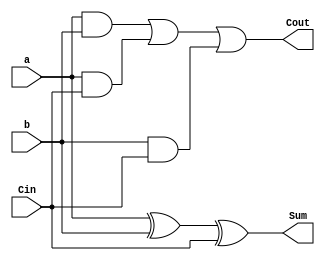
module FA(
    input  a,
    input  b,
    input  Cin, 
    output Sum,
    output Cout);

    wire w1, w2, w3, w4;

    and (w1, a, b);
    and (w2, a, Cin);
    and (w3, b, Cin);

    xor (w4, a, b);
    xor (Sum, w4, Cin);

    or (Cout, w1, w2, w3);

endmodule